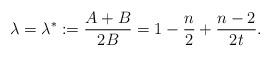
LaTeX: \begin{align*}\lambda=\lambda^*:=\frac{A+B}{2B}=1-\frac n2+\frac{n-2}{2t}.\end{align*}